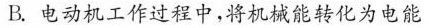
B.电动机工作过程中，将机械能转化为电能